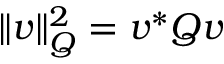
\| \b { v } \| _ { \b { Q } } ^ { 2 } = \b { v } ^ { * } \b { Q v }